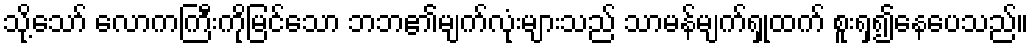
သို့သော် လောကကြီးကိုမြင်သော ဘဘ၏မျက်လုံးများသည် သာမန်မျက်ရှုထက် စူးရှ၍နေပေသည်။